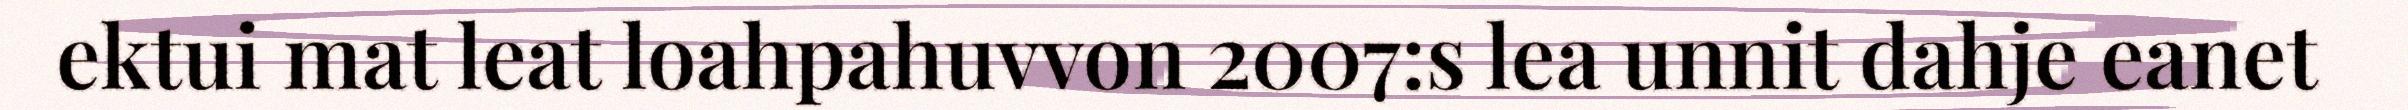
ektui mat leat loahpahuvvon 2007:s lea unnit dahje eanet